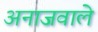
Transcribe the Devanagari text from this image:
अनाजवाले